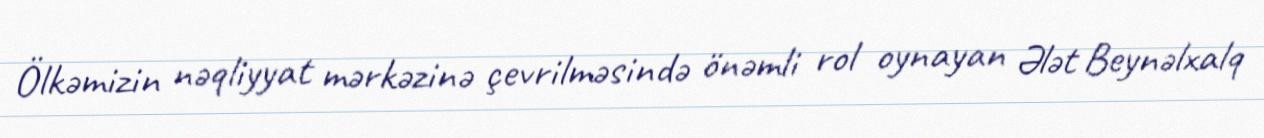
Ölkəmizin nəqliyyat mərkəzinə çevrilməsində önəmli rol oynayan Ələt Beynəlxalq